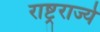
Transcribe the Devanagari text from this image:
राष्ट्रराज्ये